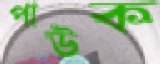
পাউক